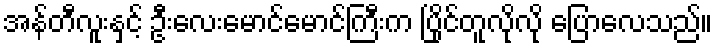
အန်တီလူးနှင့် ဦးလေးမောင်မောင်ကြီးက ပြိုင်တူလိုလို ပြောလေသည်။